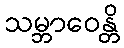
သမ္ဘာဝေန္တိ